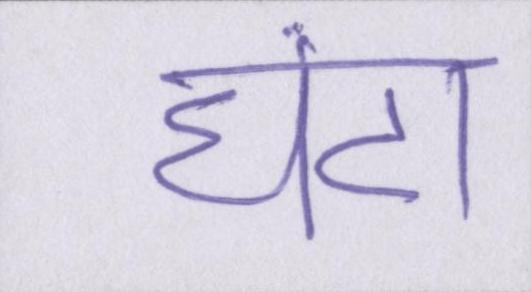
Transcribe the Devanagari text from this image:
घंटा